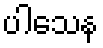
ပါသေန